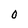
Character: 0